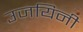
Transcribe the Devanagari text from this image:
उजयिनी